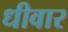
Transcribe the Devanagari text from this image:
धीवार